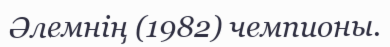
Әлемнің (1982) чемпионы.